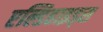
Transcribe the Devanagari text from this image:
एल्डिहाइड्स